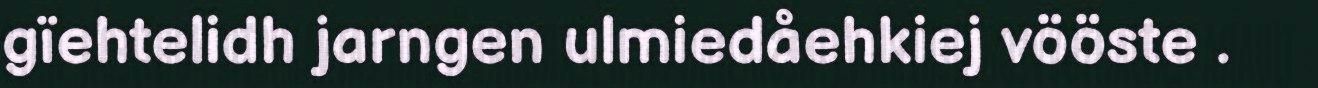
gïehtelidh jarngen ulmiedåehkiej vööste .